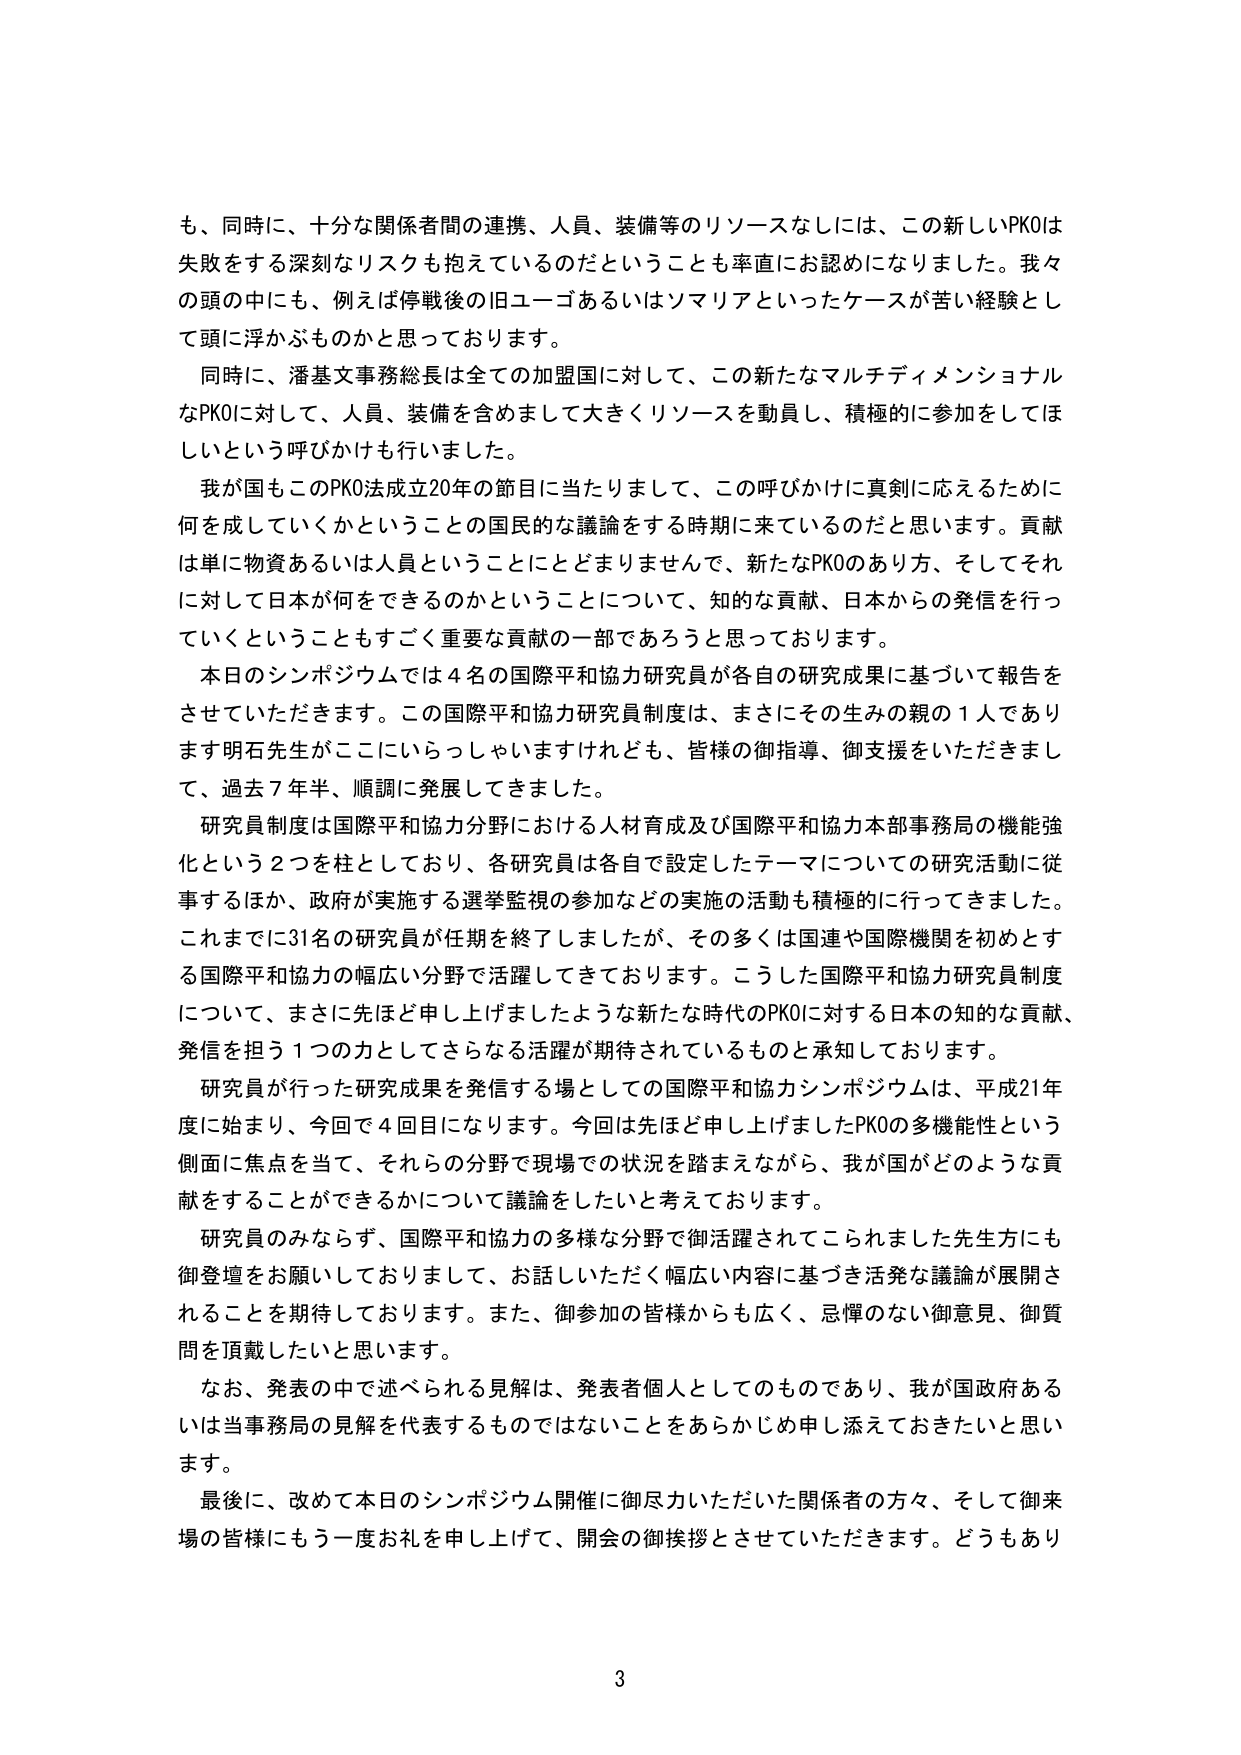
も、同時に、十分な関係者間の連携、人員、装備等のリソースなしには、この新しいPKOは失敗をする深刻なリスクも抱えているのだということも率直にお認めになりました。我々の頭の中にも、例えば停戦後の旧ユーゴあるいはソマリアといったケースが苦い経験として頭に浮かぶものかと思っております。

同時に、潘基文事務総長は全ての加盟国に対して、この新たなマルチディメンショナルなPKOに対して、人員、装備を含めまして大きくリソースを動員し、積極的に参加をしてほしいという呼びかけも行いました。

我が国もこのPKO法成立20年の節目に当たりまして、この呼びかけに真剣に応えるために何を成していくかということの国民的な議論をする時期に来ているのだと思います。貢献は単に物資あるいは人員ということにとどまりませんで、新たなPKOのあり方、そしてそれに対して日本が何をできるのかということについて、知的な貢献、日本からの発信を行っていくということもすごく重要な貢献の一部であろうと思っております。

本日のシンポジウムでは4名の国際平和協力研究員が各自の研究成果に基づいて報告をさせていただきます。この国際平和協力研究員制度は、まさにその生みの親の1人であります明石先生がここにいらっしゃいますけれども、皆様の御指導、御支援をいただきまして、過去7年半、順調に発展してきました。

研究員制度は国際平和協力分野における人材育成及び国際平和協力本部事務局の機能強化という2つを柱としており、各研究員は各自で設定したテーマについての研究活動に従事するほか、政府が実施する選挙監視の参加などの実施の活動も積極的に行ってきました。これまでに31名の研究員が任期を終了しましたが、その多くは国連や国際機関を初めとする国際平和協力の幅広い分野で活躍してきております。こうした国際平和協力研究員制度について、まさに先ほど申し上げましたような新たな時代のPKOに対する日本の知的な貢献、発信を担う1つの力としてさらなる活躍が期待されているものと承知しております。

研究員が行った研究成果を発信する場としての国際平和協力シンポジウムは、平成21年度に始まり、今回で4回目になります。今回は先ほど申し上げましたPKOの多機能性という側面に焦点を当て、それらの分野で現場での状況を踏まえながら、我が国がどのような貢献をすることができるかについて議論をしたいと考えております。

研究員のみならず、国際平和協力の多様な分野で御活躍されてこられました先生方にも御登壇をお願いしておりまして、お話しいただく幅広い内容に基づき活発な議論が展開されることを期待しております。また、御参加の皆様からも広く、忌憚のない御意見、御質問を頂戴したいと思います。

なお、発表の中で述べられる見解は、発表者個人としてのものであり、我が国政府あるいは当事務局の見解を代表するものではないことをあらかじめ申し添えておきたいと思います。

最後に、改めて本日のシンポジウム開催に御尽力いただいた関係者の方々、そして御来場の皆様にも一度お礼を申し上げて、開会の御挨拶とさせていただきます。どうもありがとうございます。

3